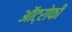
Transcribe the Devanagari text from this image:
ऑट्रोफी